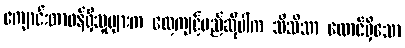
ကျောင်းတာဝန်ရှိသူများက လေ့ကျင့်မည်ဆိုပါက သိသိသာ ထောင်ရှိသော